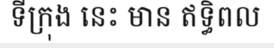
ទីក្រុង នេះ មាន ឥទ្ធិពល